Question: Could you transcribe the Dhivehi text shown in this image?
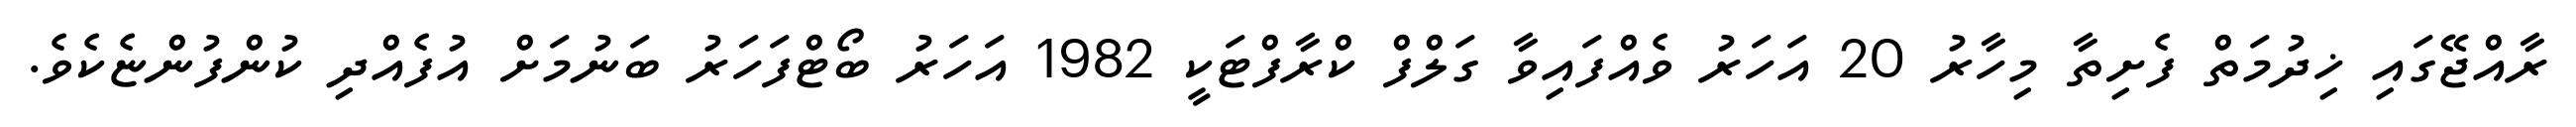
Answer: ރާއްޖޭގައި ޚިދުމަތް ފެށިތާ މިހާރު 20 އަހަރު ވެއްފައިވާ ގަލްފް ކްރާފްޓަކީ 1982 އަހަރު ބޯޓްފަހަރު ބަނުމަށް އުފެއްދި ކުންފުންޏެކެވެ.